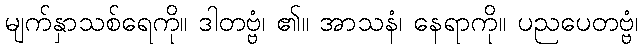
မျက်နှာသစ်ရေကို။ ဒါတဗ္ဗံ၊ ၏။ အာသနံ၊ နေရာကို။ ပညပေတဗ္ဗံ၊